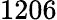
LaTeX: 1206